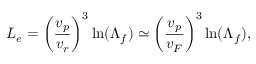
L _ { e } = \left( \frac { v _ { p } } { v _ { r } } \right) ^ { 3 } \mathrm { l n } ( \Lambda _ { f } ) \simeq \left( \frac { v _ { p } } { v _ { F } } \right) ^ { 3 } \mathrm { l n } ( \Lambda _ { f } ) ,